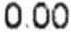
0.00